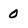
Character: 0